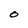
Character: 0